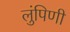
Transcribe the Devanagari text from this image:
लुंपिणी